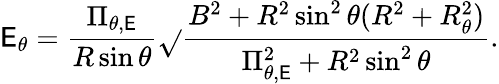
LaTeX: \mathsf{E}_{\theta}=\frac{{\Pi_{\theta,\mathsf{E}}}}{{R\sin\theta}}\sqrt{}{{\frac{{B^{2}+R^{2}\sin^{2}\theta(R^{2}+R_{\theta}^{2})}}{{\Pi_{\theta,\mathsf{E}}^{2}+R^{2}\sin^{2}\theta}}}}.